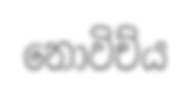
නොවිච්ය